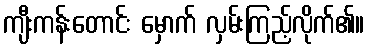
ကျီးကန်းတောင်း မှောက် လှမ်းကြည့်လိုက်၏။